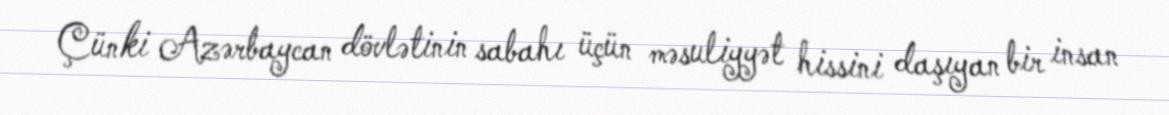
Çünki Azərbaycan dövlətinin sabahı üçün məsuliyyət hissini daşıyan bir insan